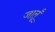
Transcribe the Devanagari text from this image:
जालूँ